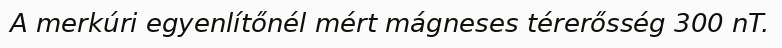
A merkúri egyenlítőnél mért mágneses térerősség 300 nT.